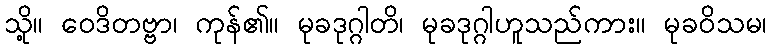
သို့။ ဝေဒိတဗ္ဗာ၊ ကုန်၏။ မုခဒုဂ္ဂါတိ၊ မုခဒုဂ္ဂါဟူသည်ကား။ မုခဝိသမ၊